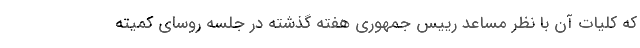
که کلیات آن با نظر مساعد رییس‌ جمهوری هفته گذشته در جلسه روسای کمیته